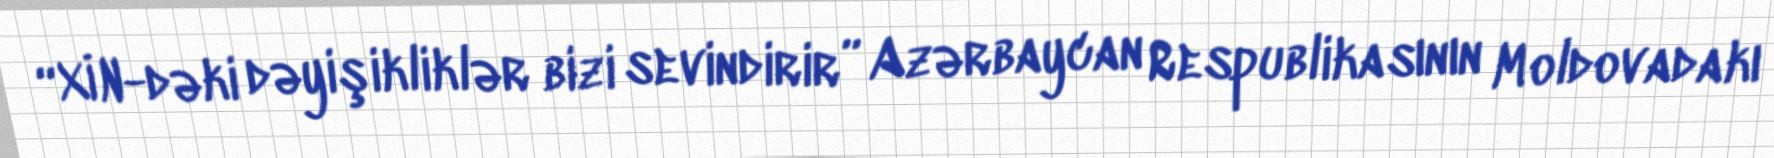
“XİN-dəki dəyişikliklər bizi sevindirir” Azərbaycan Respublikasının Moldovadakı